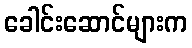
ခေါင်းဆောင်များက